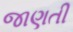
જાણતી